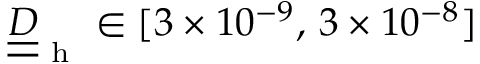
\underline { { \underline { { D } } } } _ { \mathrm { ~ h ~ } } \in [ 3 \times 1 0 ^ { - 9 } , \, 3 \times 1 0 ^ { - 8 } ]